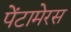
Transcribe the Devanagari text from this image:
पेंटामेरस